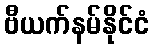
ဗီယက်နမ်နိုင်ငံ